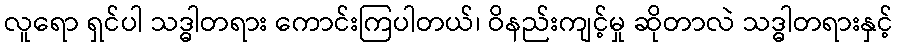
လူရော ရှင်ပါ သဒ္ဓါတရား ကောင်းကြပါတယ်၊ ဝိနည်းကျင့်မှု ဆိုတာလဲ သဒ္ဓါတရားနှင့်